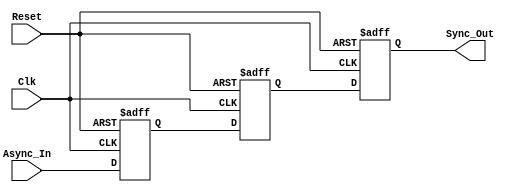
module dual_flip_flop_synchronizer (
    input wire Async_In,   // Asynchronous input signal
    input wire Clk,        // Clock signal for the destination clock domain
    input wire Reset,      // Optional reset signal
    output reg Sync_Out    // Synchronized output signal
);

    // Internal signals for the first and second flip-flops
    reg FF1;
    reg FF2;

    // Always block for the dual flip-flop synchronizer
    always @(posedge Clk or posedge Reset) begin
        if (Reset) begin
            FF1 <= 1'b0;  // Reset FF1 to known state
            FF2 <= 1'b0;  // Reset FF2 to known state
            Sync_Out <= 1'b0; // Reset output to known state
        end else begin
            FF1 <= Async_In; // Sample Async_In on the rising edge of Clk
            FF2 <= FF1;      // Transfer FF1 output to FF2
            Sync_Out <= FF2; // Output the synchronized signal
        end
    end

endmodule